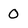
Character: 0